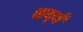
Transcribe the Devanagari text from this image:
लन्बे